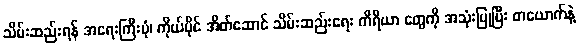
သိမ်းဆည်းရန် အရေးကြီးပုံ၊ ကိုယ်ပိုင် အိတ်ဆောင် သိမ်းဆည်းရေး ကိရိယာ တွေကို အသုံးပြုပြီး တယောက်နဲ့